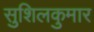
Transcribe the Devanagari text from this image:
सुशिलकुमार